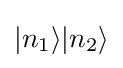
|n_{1}\rangle |n_{2}\rangle